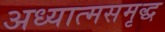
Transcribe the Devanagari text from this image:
अध्यात्मसमृद्ध